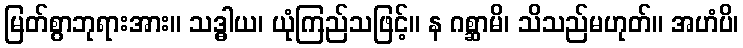
မြတ်စွာဘုရားအား။ သဒ္ဓါယ၊ ယုံကြည်သဖြင့်။ န ဂစ္ဆာမိ၊ သိသည်မဟုတ်။ အဟံပိ၊